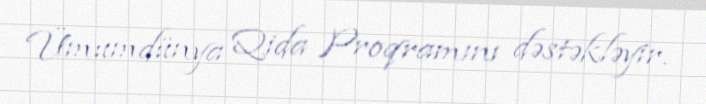
Ümumdünya Qida Proqramını dəstəkləyir.